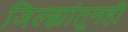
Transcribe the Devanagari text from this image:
जिल्ह्यांतूनही